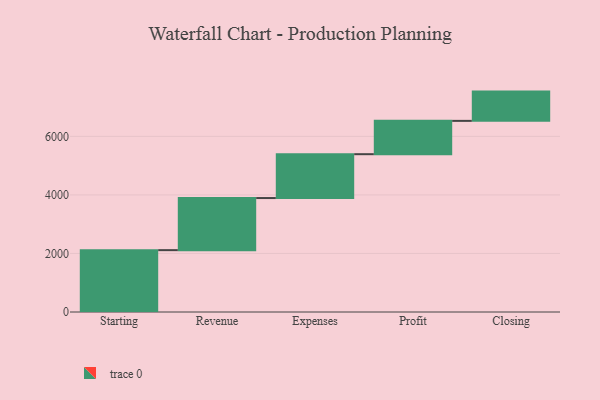
{"axis": {"x": "Step", "y": "Value"}, "legend": [""], "data": [{"x": "Starting", "y": 2113.0, "type": ""}, {"x": "Revenue", "y": 1780.0, "type": ""}, {"x": "Expenses", "y": 1498.0, "type": ""}, {"x": "Profit", "y": 1138.0, "type": ""}, {"x": "Closing", "y": 1000, "type": ""}]}